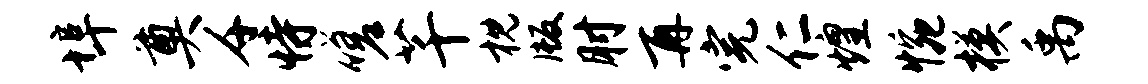
埠奠千恃嗟芊枕版肘再完仁煌惋模禹